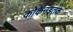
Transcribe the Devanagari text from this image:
कोकेनइतके